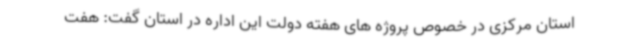
استان مرکزی در خصوص پروژه های هفته دولت این اداره در استان گفت: هفت